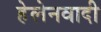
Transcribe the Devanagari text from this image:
हेलेनवादी